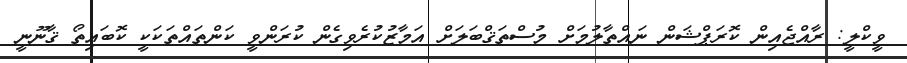
ވީކްލީ: ރާއްޖެއިން ކޮރަޕްޝަން ނައްތާލުމަށް މުސްތަޤްބަލަށް އަމާޒުކުރެވިގެން ކުރަންވީ ކަންތައްތަކަކީ ކޮބައިތޯ ޤާނޫނީ